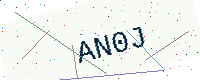
Text: AN0J